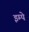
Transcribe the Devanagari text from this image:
इम्पे